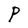
Character: P